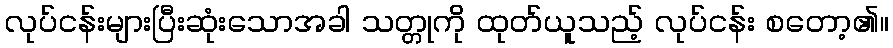
လုပ်ငန်းများပြီးဆုံးသောအခါ သတ္တုကို ထုတ်ယူသည့် လုပ်ငန်း စတော့၏။